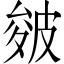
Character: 皴